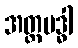
အတ္ထဗဒ္ဓါ